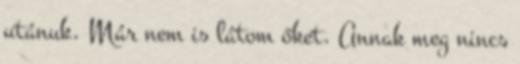
utánuk. Már nem is látom őket. Annak meg nincs